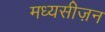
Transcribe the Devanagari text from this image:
मध्यसीज़न